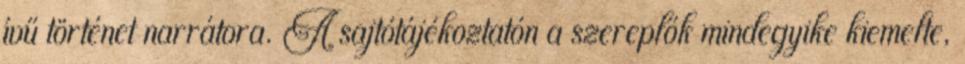
ívű történet narrátora. A sajtótájékoztatón a szereplők mindegyike kiemelte,